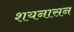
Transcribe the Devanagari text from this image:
शयनासन